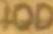
IQD